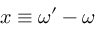
x \equiv \omega ^ { \prime } - \omega